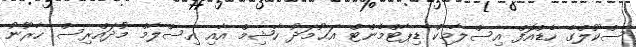
ސްކޫލްގެ ހެޑްއޮފް އިސްލާމިކް ޑިޕާޓްމެންޓް އަޙުމަދު ހާޝިމް އާއި އިސްލާމް މުދައްރިސް ހާރޫނު